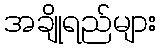
အချိုရည်များ